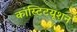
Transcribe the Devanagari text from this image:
कांस्टिटयूशन